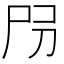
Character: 𡰺